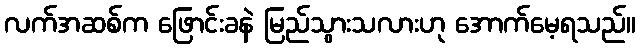
လက်အဆစ်က ဖြောင်းခနဲ မြည်သွားသလားဟု အောက်မေ့ရသည်။